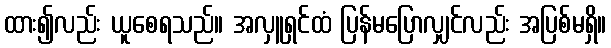
ထား၍လည်း ယူစေရသည်။ အလှူရှင်ထံ ပြန်မပြောလျှင်လည်း အပြစ်မရှိ။